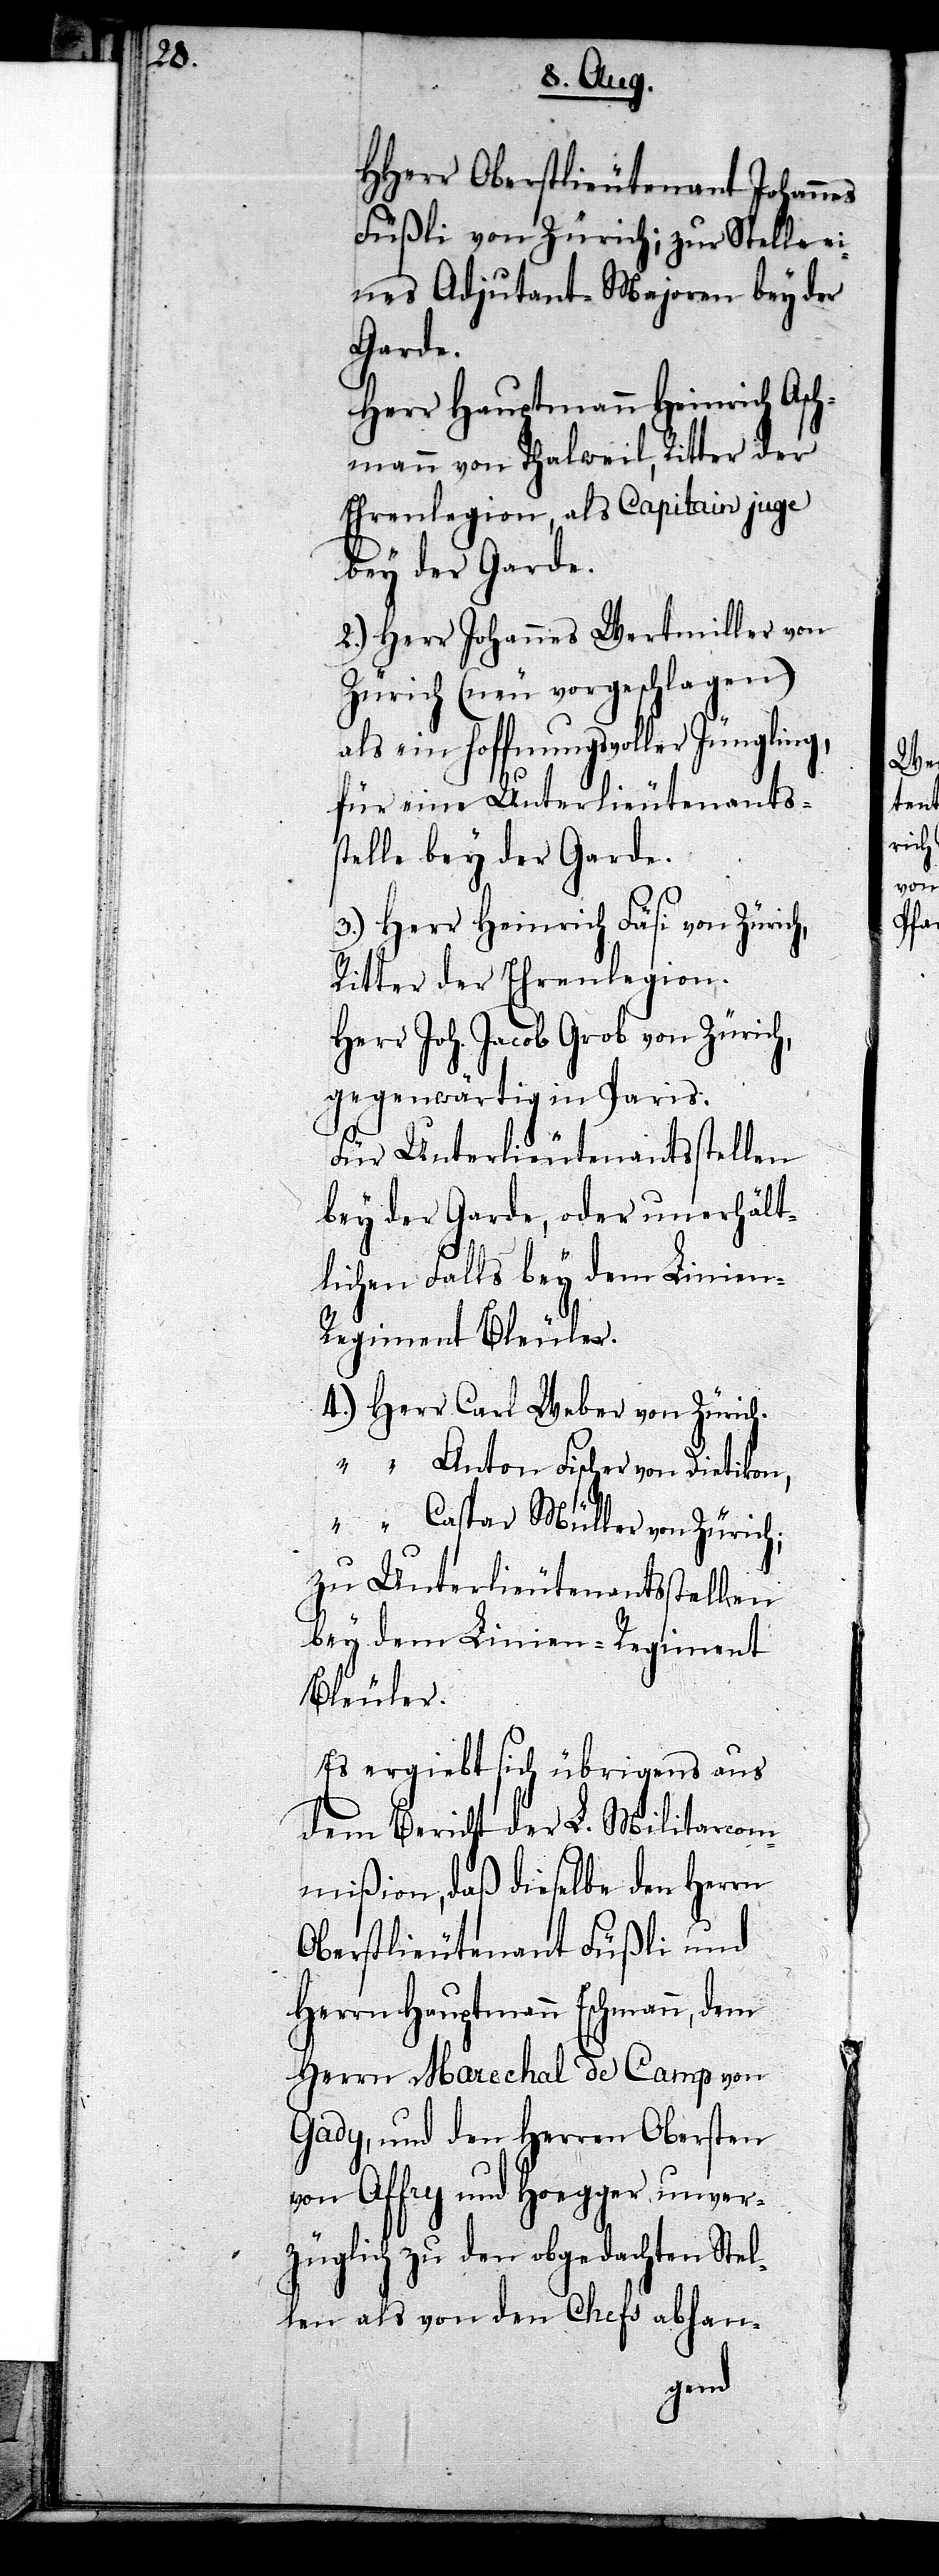
HHerr Oberstlieutenant Johannes
Füßli von Zürich; zur Stelle ei¬
nes Adjutant-Majoren bey der
Garde.
Herr Hauptmann Heinrich Asch¬
mann von Thalweil, Ritter der
Ehrenlegion, als Capitain juge
bey der Garde.
2.) Herr Johannes Wertmiller von
Zürich (neu vorgeschlagen)
als ein hoffnungsvoller Jüngling,
für eine Unterlieutenants¬
stelle bey der Garde.
3.) Herr Heinrich Fäsi von Zürich,
Ritter der Ehrenlegion.
Herr Joh. Jacob Grob von Zürich,
gegenwärtig in Paris.
Für Unterlieutenantsstellen
bey der Garde, oder unerhält¬
lichen Falls bey dem Linien-R¬
egiment Bleuler.
4.) Herr Carl Weber von Zürich.
“ Anton Fischer von Dietikon,
“ Caspar Müller von Zürich;
zu Unterlieutenantsstellen
bey dem Linien-Regiment
Bleuler.
Es ergiebt sich übrigens aus
dem Bericht der L. Militarcom¬
mißion, daß dieselbe den Herrn
Oberstlieutenant Füßli und
Herrn Hauptmann Eschmann, dem
Herrn Marechal de Camp von
Gady, und den Herren Obersten
von Affry und Hoegger unver¬
züglich zu den obgedachten Stel¬
len als von den Chefs abhan-